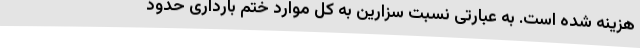
هزینه شده است. به عبارتی نسبت سزارین به کل موارد ختم بارداری حدود